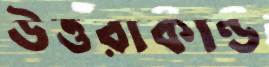
উত্তরাকাণ্ড